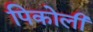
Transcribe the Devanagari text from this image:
पिकोली